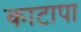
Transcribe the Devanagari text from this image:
काटापा